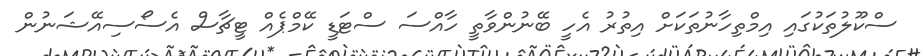
ސްކޫލުތަކުގައި އިމްތިހާނުތަކަށް އިތުރު އެހީ ބޭނުންވާތީ ހާއްސަ ސްޓަޑީ ކޭމްޕެއް ޓީޗާސް އެސޯސިއޭޝަނުން